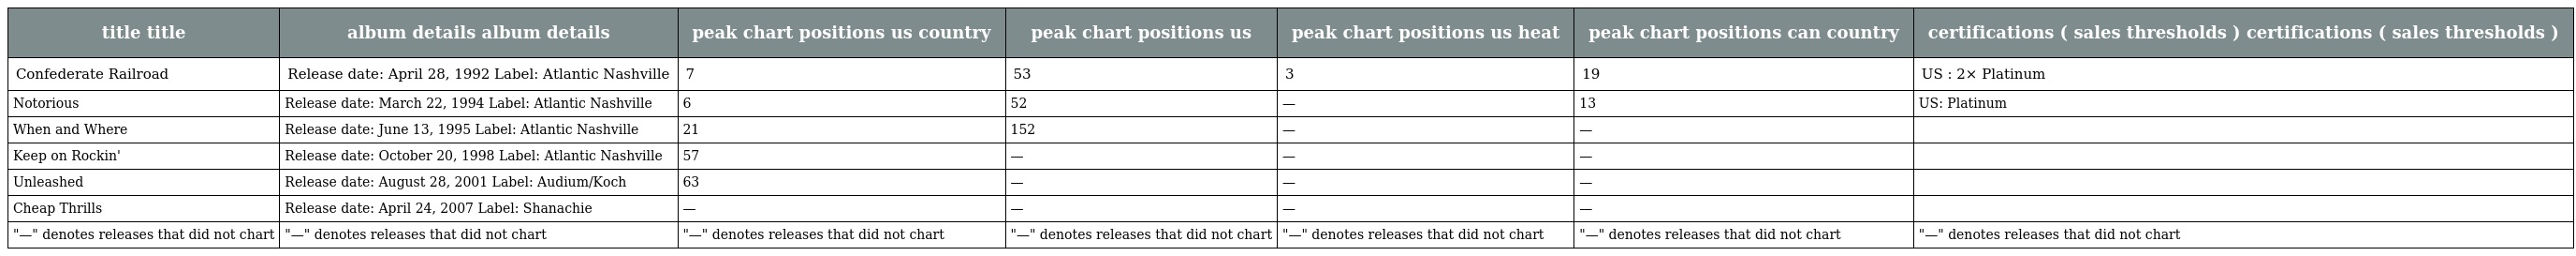
| title title | album details album details | peak chart positions us country | peak chart positions us | peak chart positions us heat | peak chart positions can country | certifications ( sales thresholds ) certifications ( sales thresholds ) |
 | --- | --- | --- | --- | --- | --- | --- |
 | Confederate Railroad | Release date: April 28, 1992 Label: Atlantic Nashville | 7 | 53 | 3 | 19 | US : 2× Platinum |
 | Notorious | Release date: March 22, 1994 Label: Atlantic Nashville | 6 | 52 | — | 13 | US: Platinum |
 | When and Where | Release date: June 13, 1995 Label: Atlantic Nashville | 21 | 152 | — | — |  |
 | Keep on Rockin' | Release date: October 20, 1998 Label: Atlantic Nashville | 57 | — | — | — |  |
 | Unleashed | Release date: August 28, 2001 Label: Audium/Koch | 63 | — | — | — |  |
 | Cheap Thrills | Release date: April 24, 2007 Label: Shanachie | — | — | — | — |  |
 | "—" denotes releases that did not chart | "—" denotes releases that did not chart | "—" denotes releases that did not chart | "—" denotes releases that did not chart | "—" denotes releases that did not chart | "—" denotes releases that did not chart | "—" denotes releases that did not chart |